Report of the Municipal Commissioner on the plague in Bombay for the year ending 31st May... - Volume 1
Disease focus: Plague
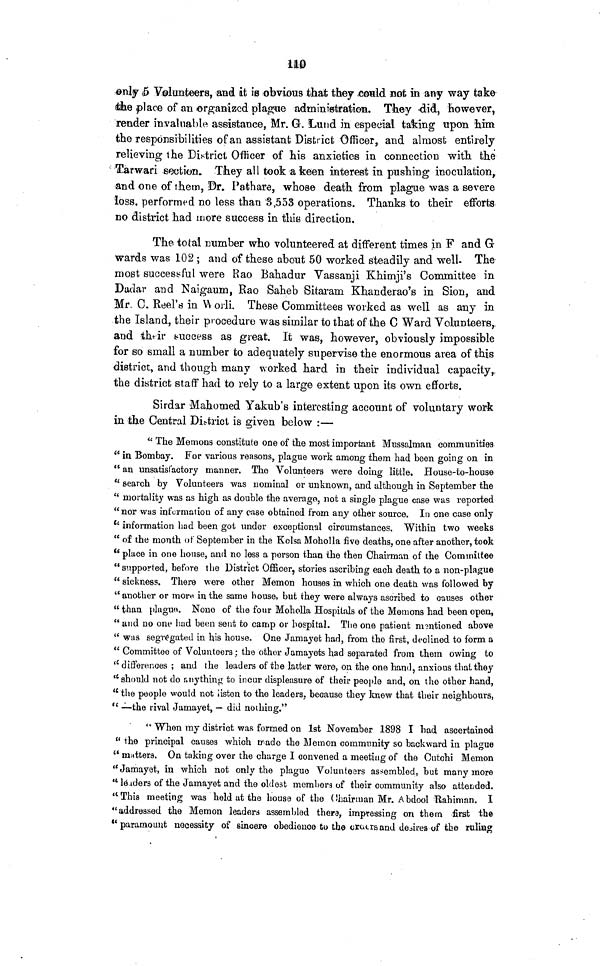
110
only 5 Volunteers, and it is obvious that they could not in any way take
the place of an organized plague administration. They did, however,
render invaluable assistance, Mr. G. Lund in especial taking upon him
the responsibilities of an assistant District Officer, and almost entirely
relieving the District Officer of his anxieties in connection with the
Tarwari section. They all took a keen interest in pushing inoculation,
and one of them, Dr. Pathare, whose death from plague was a severe
loss, performed no less than 3,553 operations. Thanks to their efforts
no district had more success in this direction.
The total number who volunteered at different times in F and G
wards was 102 ; and of these about 50 worked steadily and well. The
most successful were Rao Bahadur Vassanji Khimji's Committee in
Dodar and Naigaum, Rao Saheb Sitaram Khanderao's in Sion, and
Mr, C. Reel'is in Worli. These Committees worked as well as any in
the Island, their procedure was similar to that of the C Ward Volunteers,,
and their success as great. It was, however, obviously impossible
for so small a number to adequately supervise the enormous area of this
district, and though many worked hard in their individual capacity,
the district staff had to rely to a large extent upon its own efforts.
Sirdar Mahomed Yakub's interesting account of voluntary work
in the Central District is given below :—
" The Memons constitute one of the most important Mussalman communities
" in Bombay. For various reasons, plague work among them had been going on in
" an unsatisfactory manner. The Volunteers were doing little. House-to-house
" search by Volunteers was nominal or unknown, and although in September the
" mortality was as high as double the average, not a single plague case was reported
"nor was information of any case obtained from any other source. In one case only
" information had been got under exceptional circumstances, Within two weeks
" of the month of September in the Kolsa Moholla five deaths, one after another, took
" place in one house, and no less a person than the then Chairman of the Committee
"supported, before the District Officer, stories ascribing each death to a non-plague
" sickness. There were other Memon houses in which one death was followed by
" another or more in the same house, but they were always ascribed to causes other
" than plague. None of the four Moholla Hospitals of the Memons had been open,
" and no one had been sent to camp or hospital. The one patient mentioned above
" was segregated in his house. One Jamayefc had, from the first, declined to form a
" Committee of Volunteers; the other Jamayets had separated from them owing to
" differences ; and the leaders of the latter were, on the one hand, anxious that they
"should not do anything to incur displeasure of their people and, on the other hand,
" the people would not listen to the leaders, because they knew that their neighbours,
" —the rival Jamayet, — did nothing."
" When my district was formed on 1st November 1898 I had ascertained
" the principal causes which trade the Memon community so backward in plague
" matters. On taking over the charge I convened a meeting of the Cutchi Memon
"Jamayet, in which not only the plague Volunteers assembled, but many more
"leaders of the Jamayet and the oldest members of their community also attended.
"This meeting was held at the house of the Chairman Mr. Abdool Rahiman. I
"addressed the Memon leaders assembled there, impressing on them first the
" paramount necessity of sincere obedience to the araers desires of the ruling